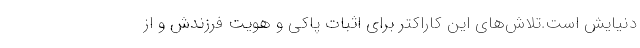
دنيايش است.تلاش‌هاي اين کاراکتر براي اثبات پاکي و هويت فرزندش و از